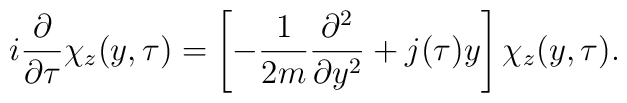
i \frac{\partial}{\partial \tau} \chi_z (y, \tau) =  \left[ - \frac{1}{2 m} \frac{\partial^2}{\partial y^2} + j(\tau) y  \right] \chi_z (y, \tau).